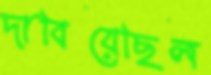
দাবিয়েছিল